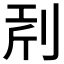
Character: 𠜝